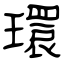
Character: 環